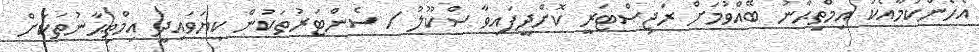
އެހެންކަމާއެކު އިމްތިޙާނު ބޭއްވުމަށް ރަޖިސްޓަރީ ކޮށްދީފައިވާ ސްކޫލު / ސެންޓަރުތަކުން ކިޔަވައިދީ އިމްތިޙާނުތަކަށް